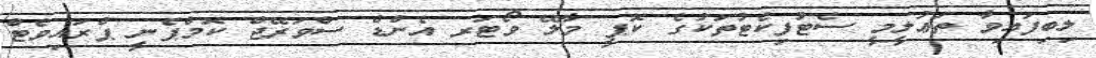
ލިބިފައިވާ ތަޢުލީމީ ސެޓުފިކެޓުތަކުގެ ކޮޕީ މާލޭ ވޯޓަރ އެންޑް ސްވަރޭޖް ކޮމްޕެނީ ޕްރައިވެޓް